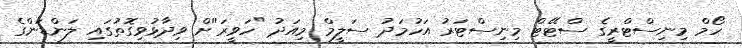
ހޯމް މިނިސްޓްރީގެ ސްޓޭޓް މިނިސްޓަރު އަހުމަދު ސަލީމް މިއަދު "ހަވީރަ''ށް ވިދާޅުވިގޮތުގައި ލަންޑަންގެ